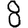
Digit: 8